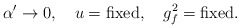
\begin{align*}\alpha^\prime \rightarrow 0, \quad u = {\rm fixed}, \quad g^2_f = {\rm fixed}.\end{align*}